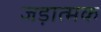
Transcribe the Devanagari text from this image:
जड़ात्मक